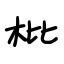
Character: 枇